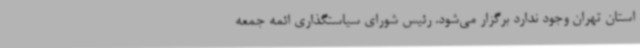
استان تهران وجود ندارد برگزار می‌شود. رئیس شورای سیاستگذاری ائمه جمعه